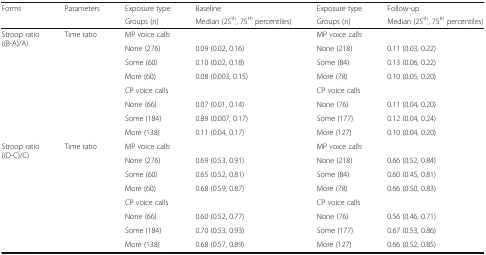
<table><thead><tr><td rowspan="2"><b>Forms</b></td><td rowspan="2"><b>Parameters</b></td><td><b>Exposure type</b></td><td><b>Baseline</b></td><td><b>Exposure type</b></td><td><b>Follow-up</b></td></tr><tr><td><b>Groups (n)</b></td><td><b>Median (25<sup>th</sup>, 75<sup>th</sup> percentiles)</b></td><td><b>Groups (n)</b></td><td><b>Median (25<sup>th</sup>, 75<sup>th</sup> percentiles)</b></td></tr></thead><tbody><tr><td rowspan="8">Stroop ratio((B-A)/A)</td><td rowspan="8">Time ratio</td><td colspan="2">MP voice calls</td><td colspan="2">MP voice calls</td></tr><tr><td>None (276)</td><td>0.09 (0.02, 0.16)</td><td>None (218)</td><td>0.11 (0.03, 0.22)</td></tr><tr><td>Some (60)</td><td>0.10 (0.02, 0.18)</td><td>Some (84)</td><td>0.13 (0.06, 0.22)</td></tr><tr><td>More (60)</td><td>0.08 (0.003, 0.15)</td><td>More (78)</td><td>0.10 (0.05, 0.20)</td></tr><tr><td colspan="2">CP voice calls</td><td colspan="2">CP voice calls</td></tr><tr><td>None (66)</td><td>0.07 (0.01, 0.14)</td><td>None (76)</td><td>0.11 (0.04, 0.20)</td></tr><tr><td>Some (184)</td><td>0.89 (0.007, 0.17)</td><td>Some (177)</td><td>0.12 (0.04, 0.24)</td></tr><tr><td>More (138)</td><td>0.11 (0.04, 0.17)</td><td>More (127)</td><td>0.10 (0.04, 0.20)</td></tr><tr><td rowspan="8">Stroop ratio((D-C)/C)</td><td rowspan="8">Time ratio</td><td colspan="2">MP voice calls</td><td colspan="2">MP voice calls</td></tr><tr><td>None (276)</td><td>0.69 (0.53, 0.91)</td><td>None (218)</td><td>0.66 (0.52, 0.84)</td></tr><tr><td>Some (60)</td><td>0.65 (0.52, 0.81)</td><td>Some (84)</td><td>0.60 (0.45, 0.81)</td></tr><tr><td>More (60)</td><td>0.68 (0.59, 0.87)</td><td>More (78)</td><td>0.66 (0.50, 0.83)</td></tr><tr><td colspan="2">CP voice calls</td><td colspan="2">CP voice calls</td></tr><tr><td>None (66)</td><td>0.60 (0.52, 0.77)</td><td>None (76)</td><td>0.56 (0.46, 0.71)</td></tr><tr><td>Some (184)</td><td>0.70 (0.53, 0.93)</td><td>Some (177)</td><td>0.67 (0.53, 0.86)</td></tr><tr><td>More (138)</td><td>0.68 (0.57, 0.89)</td><td>More (127)</td><td>0.66 (0.52, 0.85)</td></tr></tbody></table>